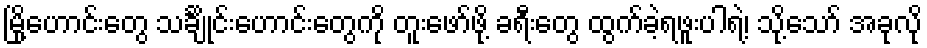
မြို့ဟောင်းတွေ သင်္ချိုင်းဟောင်းတွေကို တူးဖော်ဖို့ ခရီးတွေ ထွက်ခဲ့ရဖူးပါရဲ့၊ သို့သော် အခုလို